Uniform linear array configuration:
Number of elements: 8
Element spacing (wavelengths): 0.25
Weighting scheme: hann
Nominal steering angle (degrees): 15
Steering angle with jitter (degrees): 15.546
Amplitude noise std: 0.05
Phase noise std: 0.05

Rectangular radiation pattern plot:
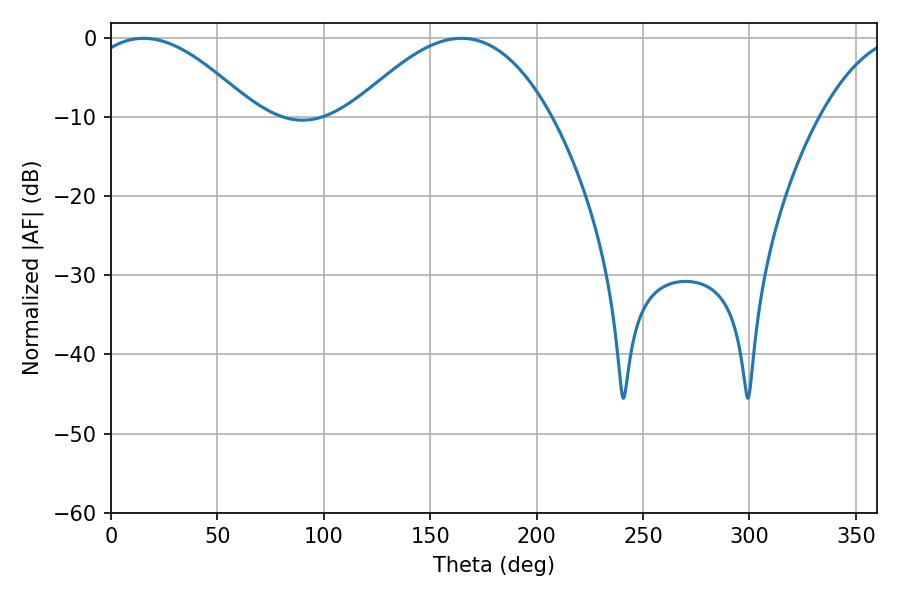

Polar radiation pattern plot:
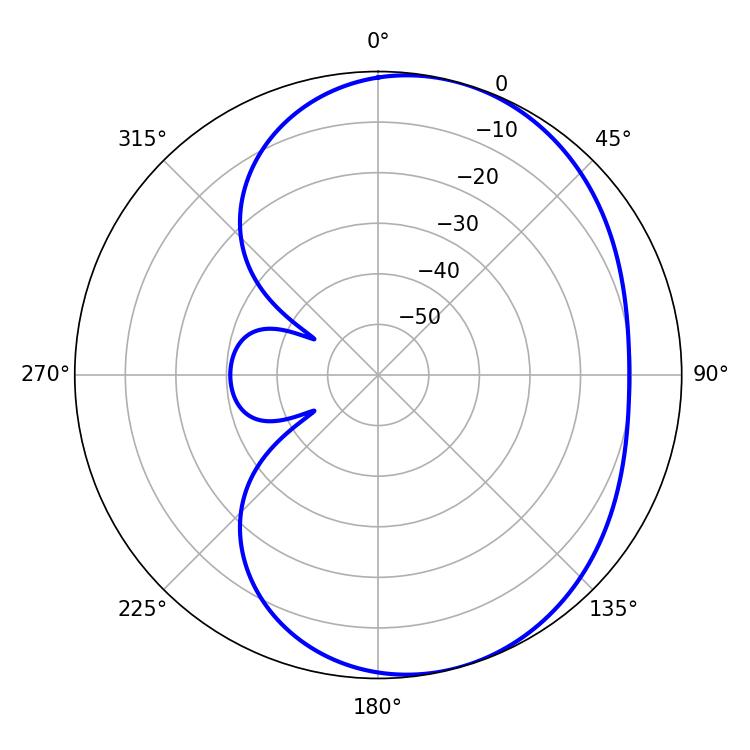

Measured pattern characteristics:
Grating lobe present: FALSE
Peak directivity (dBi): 5.016
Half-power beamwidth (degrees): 42.66
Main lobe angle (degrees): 15.3